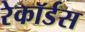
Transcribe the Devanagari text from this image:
रेकॉर्डस